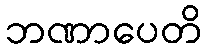
ဘဏာပေတိ